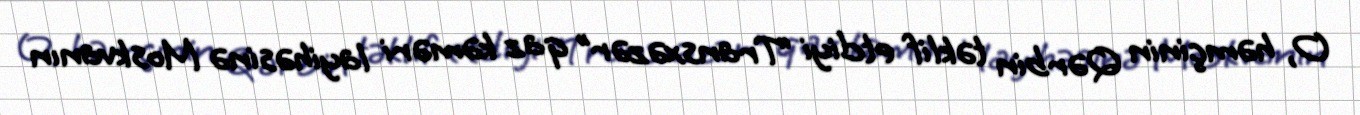
O, həmçinin Qərbin təklif etdiyi “Transxəzər” qaz kəməri layihəsinə Moskvanın